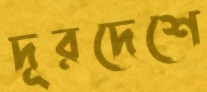
দূরদেশে